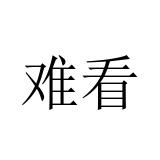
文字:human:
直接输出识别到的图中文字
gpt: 难看